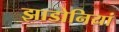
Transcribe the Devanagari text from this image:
झाडोनियां